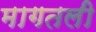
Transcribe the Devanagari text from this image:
मागतली